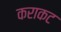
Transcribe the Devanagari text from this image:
कराकट